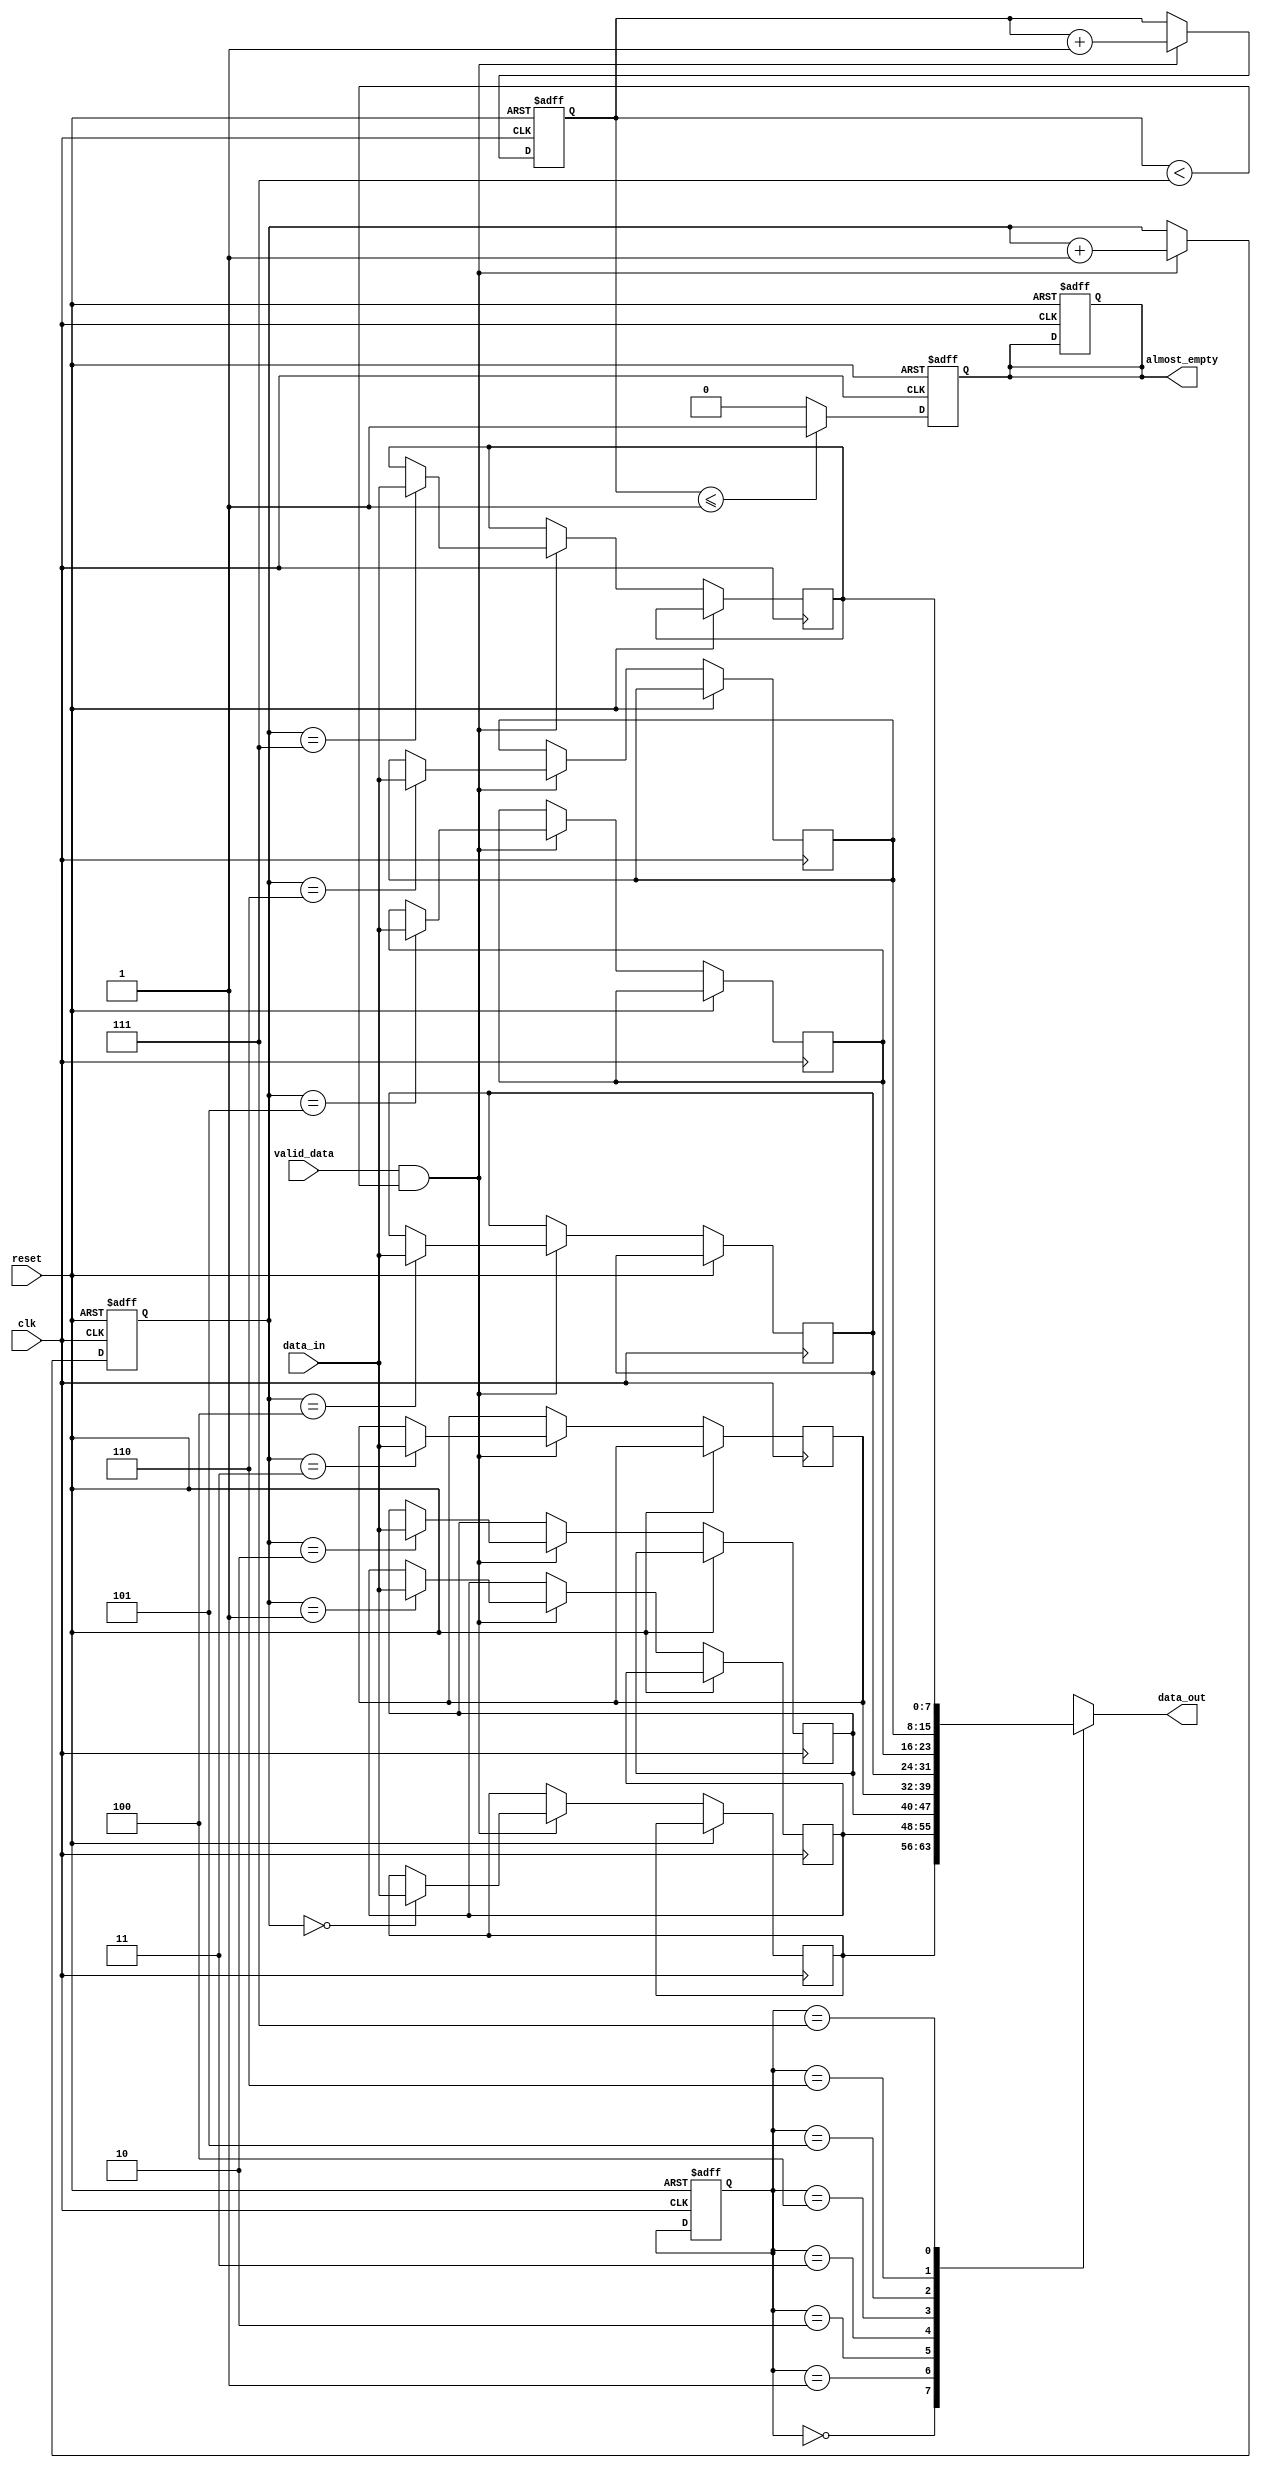
module Almost_Empty_FIFO (
    input clk,
    input reset,
    input valid_data,
    input [7:0] data_in,
    output reg almost_empty,
    output reg [7:0] data_out
);

reg [7:0] fifo [7:0];
reg [2:0] read_ptr, write_ptr;
reg [2:0] count;

always @(posedge clk or posedge reset) begin
    if (reset) begin
        read_ptr <= 3'b000;
        write_ptr <= 3'b000;
        count <= 3'b000;
        almost_empty <= 1'b0;
    end else begin
        if (valid_data && count < 3'b111) begin
            fifo[write_ptr] <= data_in;
            write_ptr <= write_ptr + 1;
            count <= count + 1;
        end
    end
end

always @(*) begin
    data_out = fifo[read_ptr];
end

always @(posedge clk or posedge reset) begin
    if (reset) begin
        almost_empty <= 1'b0;
    end else begin
        if (count <= 3'b001) begin
            almost_empty <= 1'b1;
        end else begin
            almost_empty <= 1'b0;
        end
    end
end

endmodule